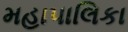
મહાપાલિકા